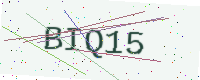
Text: BIQ15